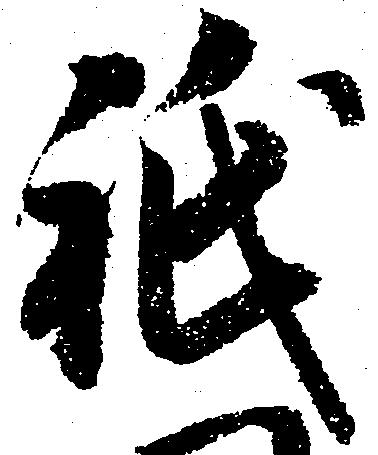
祇